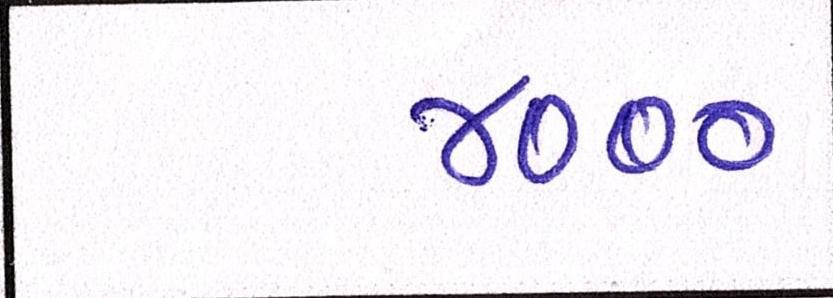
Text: ૪૦૦૦